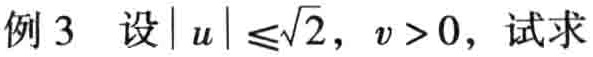
例 3 设\(\vert u\vert\leqslant\sqrt{2},v > 0\)，试求